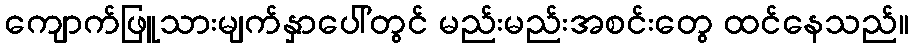
ကျောက်ဖြူသားမျက်နှာပေါ်တွင် မည်းမည်းအစင်းတွေ ထင်နေသည်။